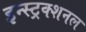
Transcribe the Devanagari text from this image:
इन्स्ट्रक्शनल